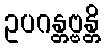
ဥပဂန္တဗ္ဗန္တိ